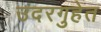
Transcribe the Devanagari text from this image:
उदरगुहेत